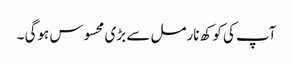
آپ کی کوکھ نارمل سے بڑی محسوس ہوگی ۔